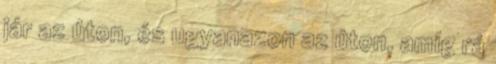
jár az úton, és ugyanazon az úton, amíg rá